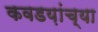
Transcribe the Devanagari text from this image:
कवडय़ांच्या